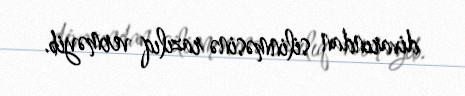
divarından silinməsinə razılıq verməyib.